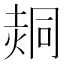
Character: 𰊕